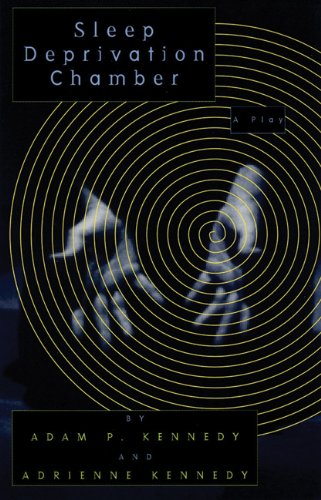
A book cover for Sleep Deprivation Chamber; Adam Kennedy; Literature & Fiction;